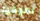
اميليا